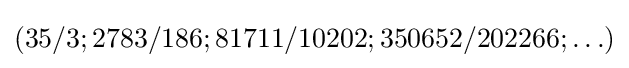
(35/3;2783/186;81711/10202;350652/202266;\ldots )